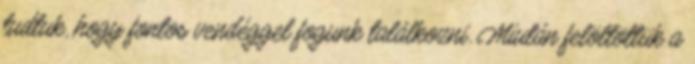
tudtuk, hogy fontos vendéggel fogunk találkozni. Miután felöltöttük a